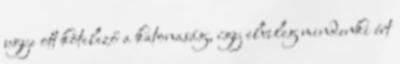
ugye ott kötelező a katonaság, így elvileg mindenki ért